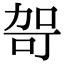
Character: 哿